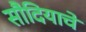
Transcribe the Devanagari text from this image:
सौदियाचे